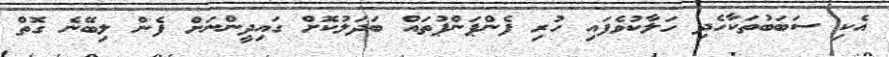
އެކި ސަބަބުތަކާހެދި ހަލާކުވެފައި ހުރި ފެންޕަންޕުތައް ބަދަލުކޮށް ގައިދީންނަށް ފެން ލިބޭނެ ގޮތް